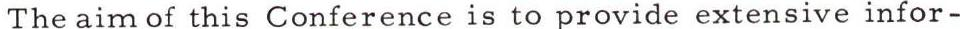
The aim of this Conference is to provide extensive infor-